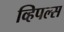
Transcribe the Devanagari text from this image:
व्हिपल्स